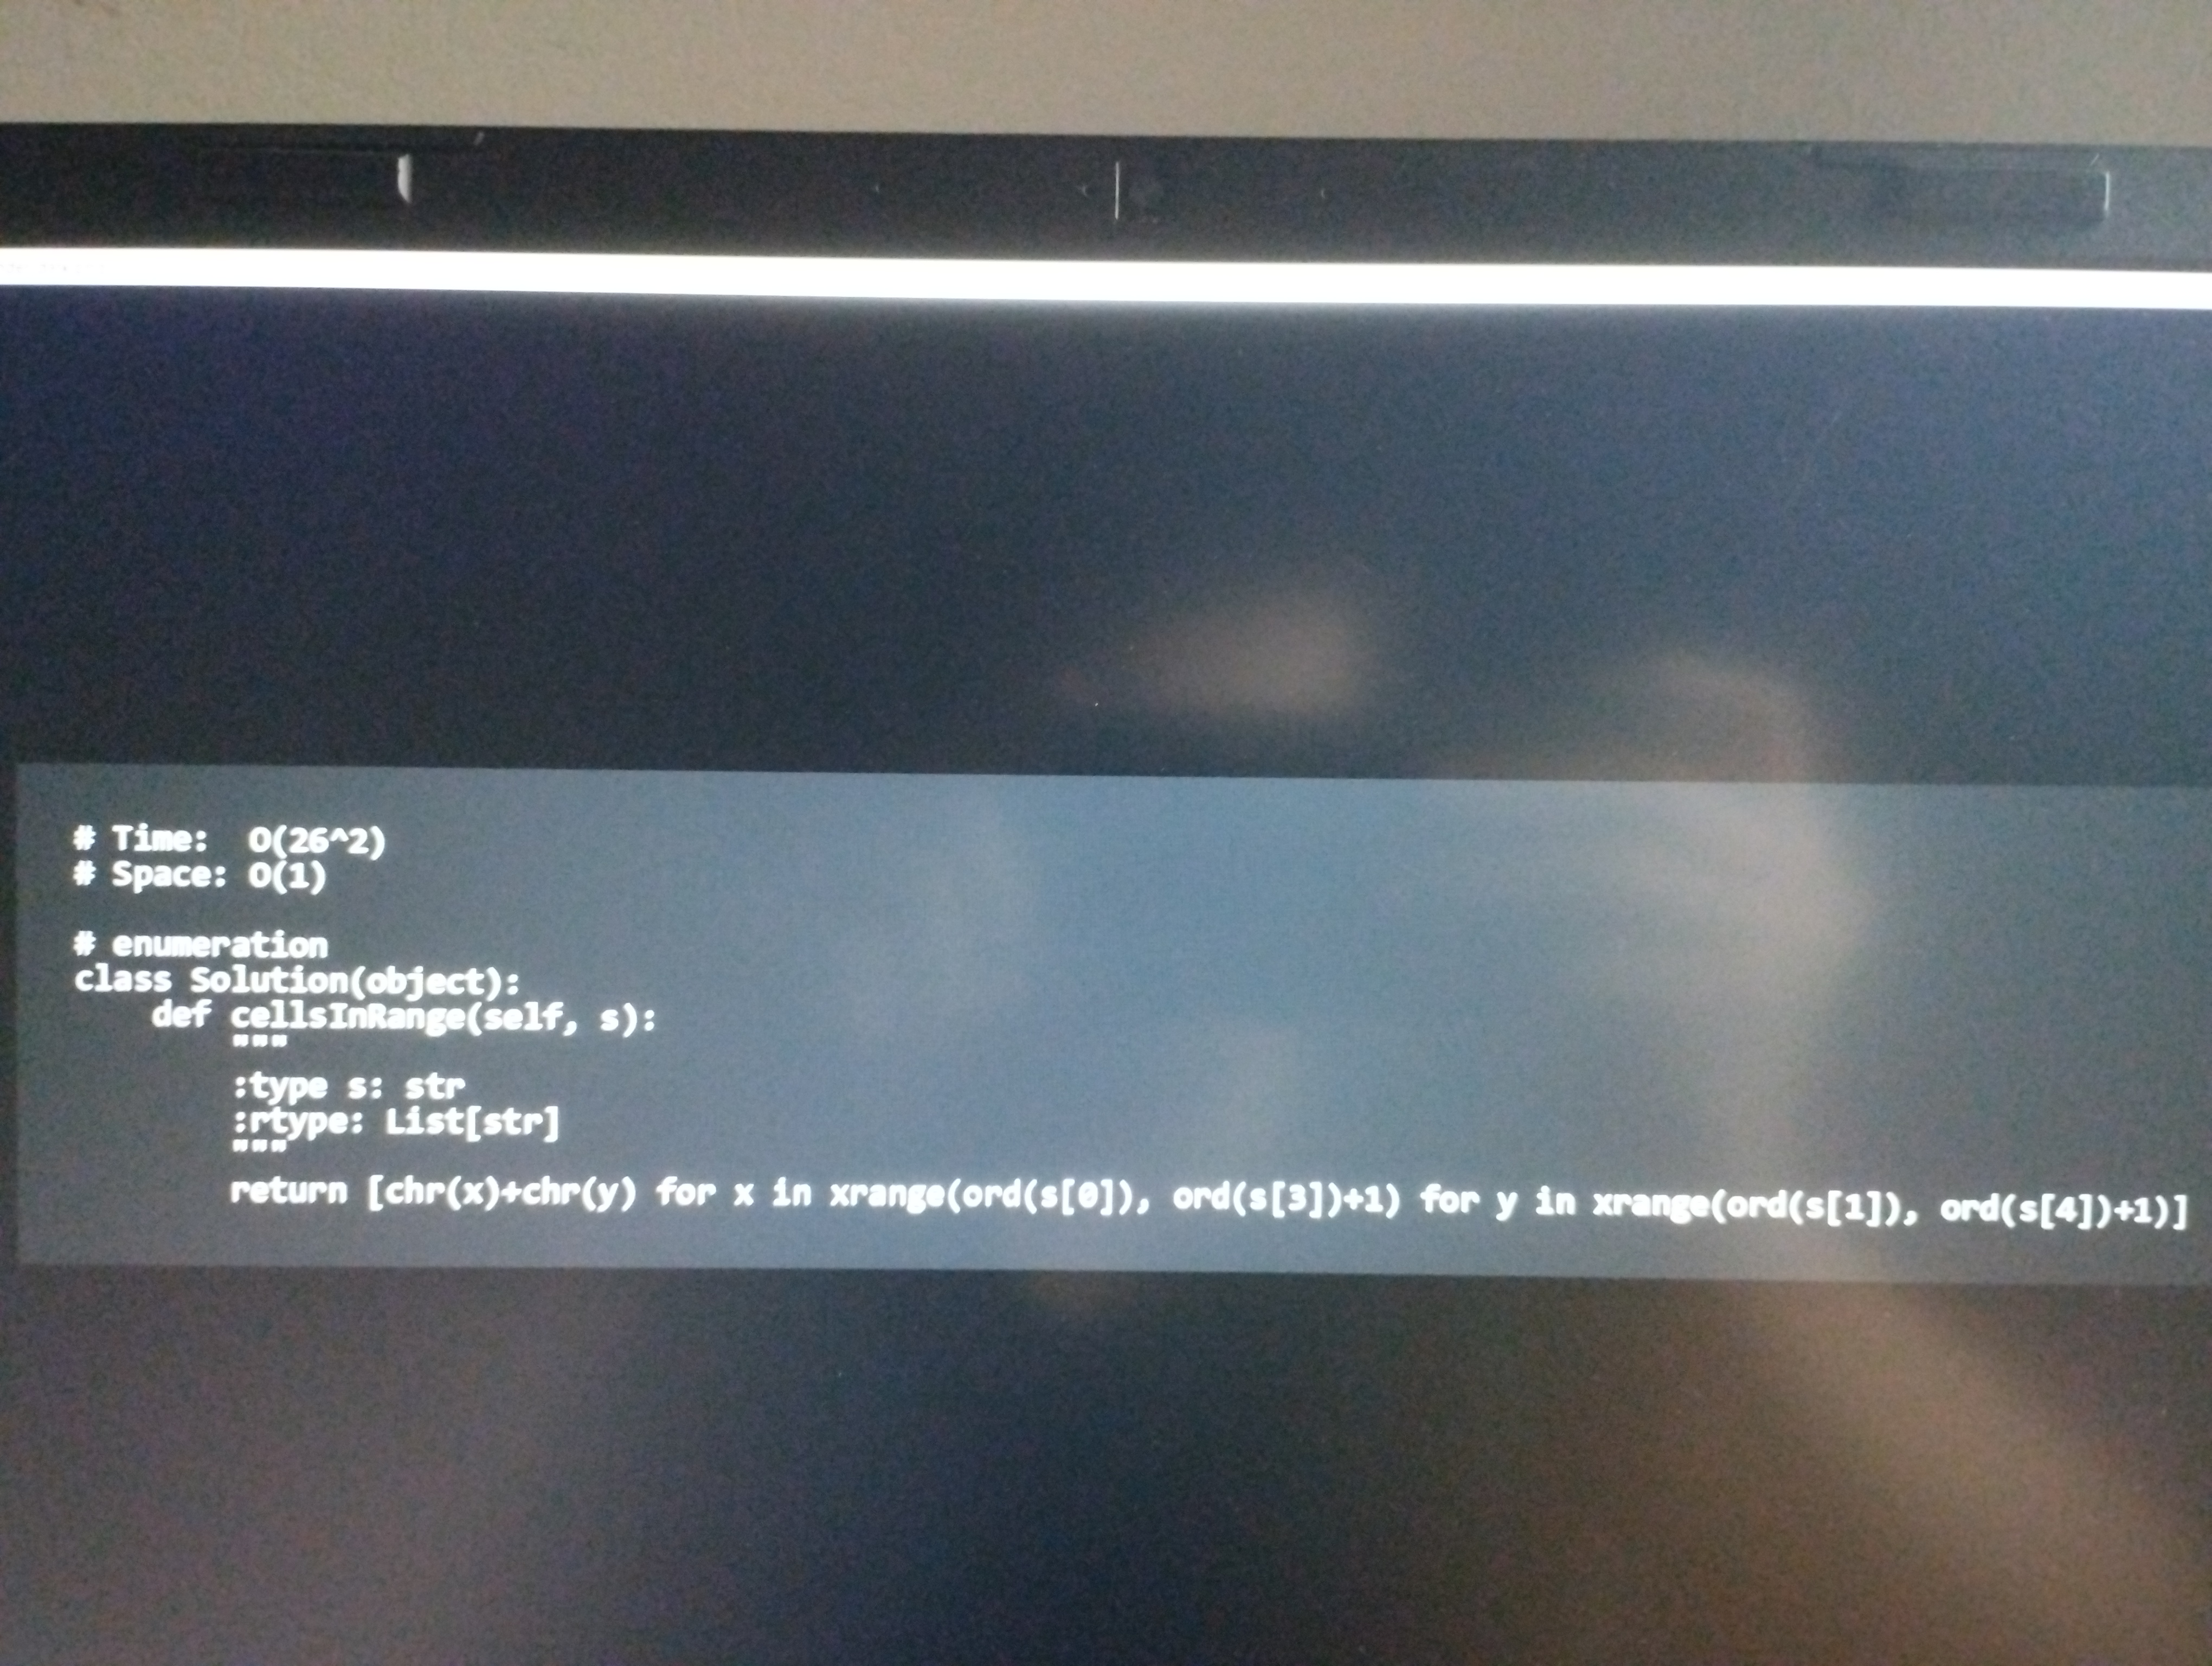
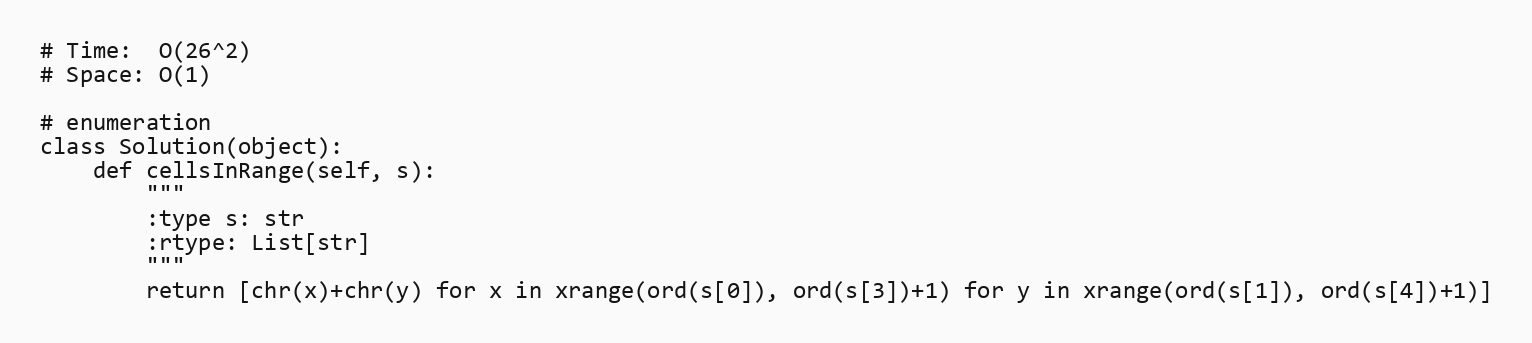
# Time:  O(26^2)
# Space: O(1)

# enumeration
class Solution(object):
    def cellsInRange(self, s):
        """
        :type s: str
        :rtype: List[str]
        """
        return [chr(x)+chr(y) for x in xrange(ord(s[0]), ord(s[3])+1) for y in xrange(ord(s[1]), ord(s[4])+1)]